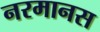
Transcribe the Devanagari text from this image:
नरमानस